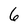
Character: 6